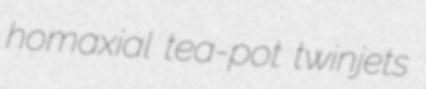
homaxial tea-pot twinjets